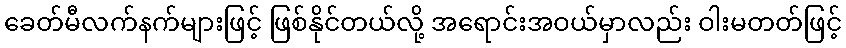
ခေတ်မီလက်နက်များဖြင့် ဖြစ်နိုင်တယ်လို့ အရောင်းအဝယ်မှာလည်း ဝါးမတတ်ဖြင့်